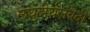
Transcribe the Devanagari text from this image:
लघुदीर्घसंवेदी